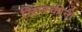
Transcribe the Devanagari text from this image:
लिप्स्कीनी